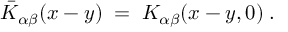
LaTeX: { \bar { K } } _ { \alpha \beta } ( x - y ) \; = \; K _ { \alpha \beta } ( x - y , 0 ) \; .